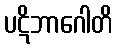
ပဋိဘာဂေါတိ